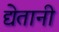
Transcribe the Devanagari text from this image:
द्येतानी